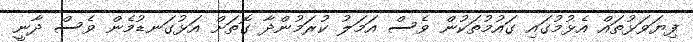
ފިޔަވަޅުތައް އެޅުމުގައި ގައުމުތަކުން ވެސް އަމަލު ކުރަމުންދާ ގޮތަށް އަޅުގަނޑުމެން ވެސް ދާނީ